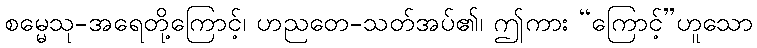
စမ္မေသု-အရေတို့ကြောင့်၊ ဟညတေ-သတ်အပ်၏၊ ဤကား “ကြောင့်”ဟူသော